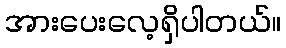
အားပေးလေ့ရှိပါတယ်။